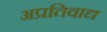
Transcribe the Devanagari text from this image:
अप्रतिवाद्य